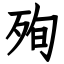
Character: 殉